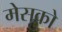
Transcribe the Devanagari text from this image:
मेसको